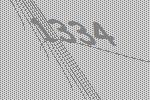
1334